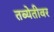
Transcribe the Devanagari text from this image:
तब्येतीवर